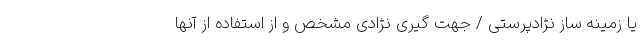
یا زمینه ساز نژادپرستی / جهت گیری نژادی مشخص و از استفاده از آنها